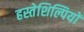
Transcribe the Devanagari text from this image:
हस्तेशिल्पियों